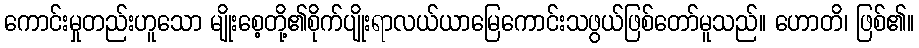
ကောင်းမှုတည်းဟူသော မျိုးစေ့တို့၏စိုက်ပျိုးရာလယ်ယာမြေကောင်းသဖွယ်ဖြစ်တော်မူသည်။ ဟောတိ၊ ဖြစ်၏။